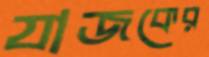
যাজকের